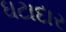
ઘટાદાર